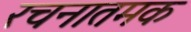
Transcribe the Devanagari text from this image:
रचनातमक